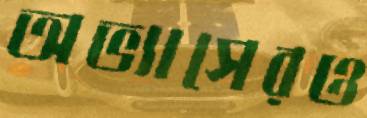
অভ্যাসেরও